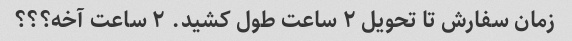
زمان سفارش تا تحویل ۲ ساعت طول کشید. ۲ ساعت آخه؟؟؟